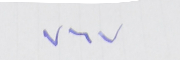
٧٦٧